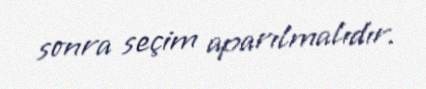
sonra seçim aparılmalıdır.